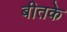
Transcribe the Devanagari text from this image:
बीतके